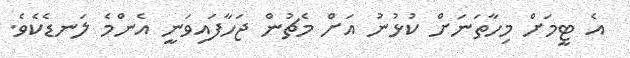
އެ ޓީމަށް މިހާތަނަށް ކުޅުނު އަށް މެޗުން ޖަހާފައިވަނީ އެންމެ ލަނޑެކެވެ.